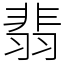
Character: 翡